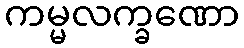
ကမ္မလက္ခဏော